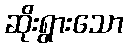
ဆိုးရွားသော